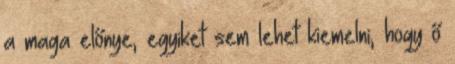
a maga előnye, egyiket sem lehet kiemelni, hogy ő